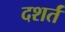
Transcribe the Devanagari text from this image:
दशर्तं